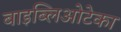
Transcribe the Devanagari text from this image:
बाइब्लिओटेका